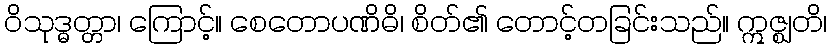
ဝိသုဒ္ဓတ္တာ၊ ကြောင့်။ စေတောပဏိဓိ၊ စိတ်၏ တောင့်တခြင်းသည်။ ဣဇ္ဈတိ၊